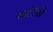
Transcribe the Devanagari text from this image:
खात्रिची